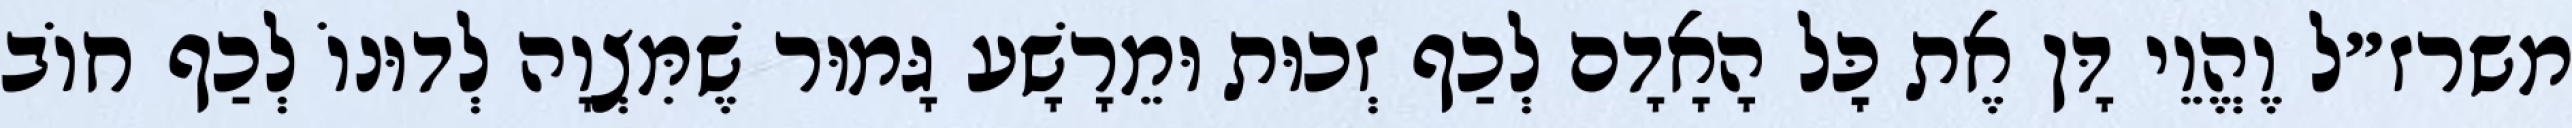
משרז״ל וֶהֱוֵי דָּן אֶת כׇּל הָאָדָם לְכַף זְכוּת וּמֵרָשָׁע גָּמוּר שֶׁמִּצְוָה לְדוּנוֹ לְכַף חוֹב